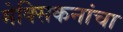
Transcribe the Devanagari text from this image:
मेक्सिकनांचा